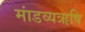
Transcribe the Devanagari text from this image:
मांडव्यऋषि